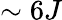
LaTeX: \sim 6J